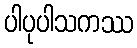
ပါပုပါသကဿ